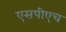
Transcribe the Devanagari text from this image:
एसपीएच